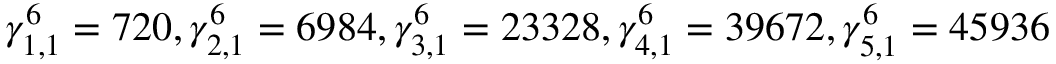
\gamma _ { 1 , 1 } ^ { 6 } = 7 2 0 , \gamma _ { 2 , 1 } ^ { 6 } = 6 9 8 4 , \gamma _ { 3 , 1 } ^ { 6 } = 2 3 3 2 8 , \gamma _ { 4 , 1 } ^ { 6 } = 3 9 6 7 2 , \gamma _ { 5 , 1 } ^ { 6 } = 4 5 9 3 6 \nonumber